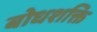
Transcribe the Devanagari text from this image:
बोधशक्ति